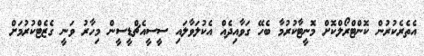
އެތެރެކުރުން ކޮންޓްރޯލްކޮށް މޮނީޓާކުރުމާ ބެހޭ ގަވާއިދެއް އެކުލަވާލައި ސީސީއެޗްޑީސީން މިހާރު ވަނީ ގެޒެޓްކުރުމަށް